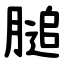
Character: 膇